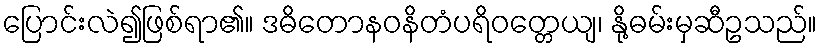
ပြောင်းလဲ၍ဖြစ်ရာ၏။ ဒဓိတောနဝနိတံပရိဝတ္တေယျ၊ နို့ဓမ်းမှဆီဥသည်။